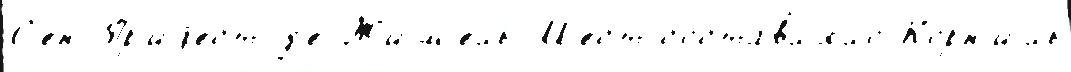
С'ен-Пр'иjест-д'е-Жим'ель М'ест составл'я́ло Корн'иль